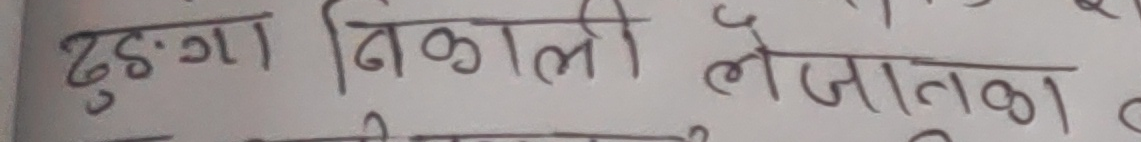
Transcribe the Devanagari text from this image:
दुःगा निकाली लेजाताका